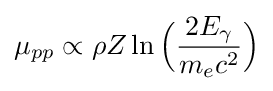
\mu _{pp}\propto \rho Z\ln {\Bigl (}{2E_{\gamma } \over m_{e}c^{2}}{\Bigr )}